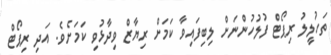
ތަހުލީލު ރިޕޯޓް ފުލުހުންނަށް ލިބިފައިވާ ކަމަށް ރިޔާޒް ވިދާޅުވި ކަމަށެވެ. އަދި ރިޕޯޓް